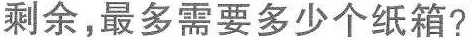
剩余，最多需要多少个纸箱?